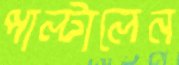
পাল্টালেন